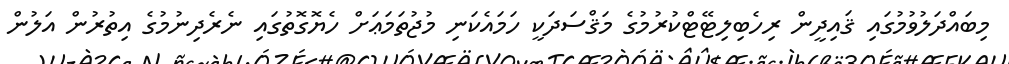
މިބައްދަލުވުމުގައި ޤައިދީން ރިހެބިލިޓޭޓްކުރުމުގެ މަޤްސަދަކީ ހަމައެކަނި މުޖުތަމަޢަށް ހެޔޮގޮތުގައި ނެރެދިނުމުގެ އިތުރުން އަލުން